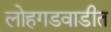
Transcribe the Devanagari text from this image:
लोहगडवाडीत